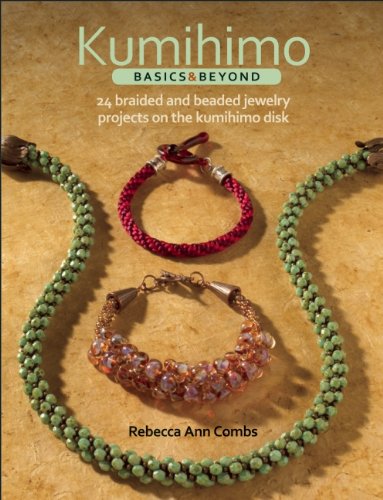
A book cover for Kumihimo Basics and Beyond: 24 Braided and Beaded Jewelry Projects on the Kumihimo Disk; Rebecca Ann Combs; Crafts, Hobbies & Home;